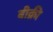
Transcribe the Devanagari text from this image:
बीक्री